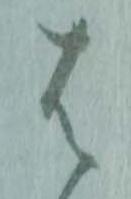
は